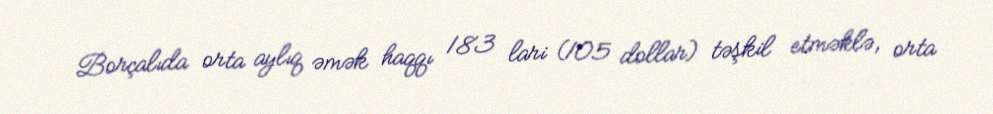
Borçalıda orta aylıq əmək haqqı 183 lari (105 dollar) təşkil etməklə, orta